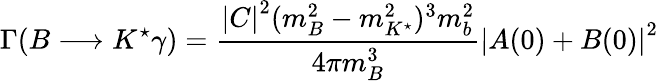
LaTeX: \Gamma(B\longrightarrow K^{\star}\gamma)=\frac{\left|C\right|^{2}(m_{B}^{2}-m_{K^{\star}}^{2})^{3}m_{b}^{2}}{4\pi m_{B}^{3}}\left|A(0)+B(0)\right|^{2}